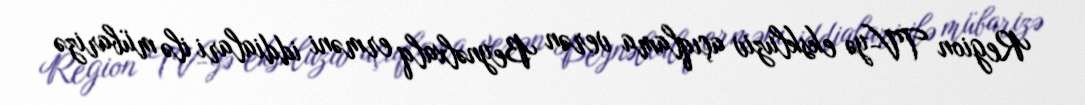
Region TV-yə ekskluziv açıqlama verən Beynəlxalq erməni iddialari ilə mübarizə